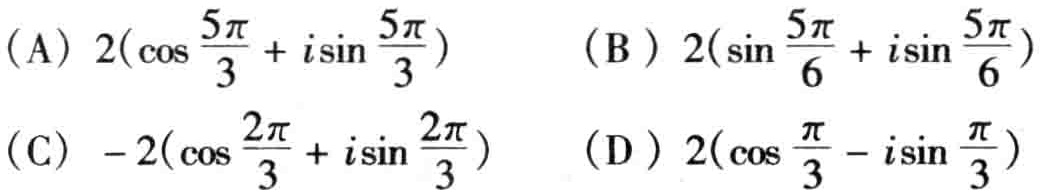
(A) \(2(\cos\frac{5\pi}{3}+i\sin\frac{5\pi}{3})\)  (B) \(2(\sin\frac{5\pi}{6}+i\sin\frac{5\pi}{6})\)
(C) \(-2(\cos\frac{2\pi}{3}+i\sin\frac{2\pi}{3})\)  (D) \(2(\cos\frac{\pi}{3}-i\sin\frac{\pi}{3})\)